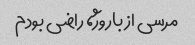
مرسی از باروژ، راضی بودم